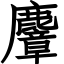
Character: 麞